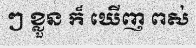
ៗ ខ្លួន ក៏ ឃើញ ពស់